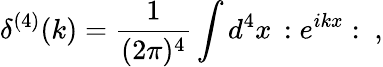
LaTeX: \delta^{(4)}(k)=\frac{1}{(2\pi)^{4}}\int d^{4}x\, :e^{ikx}:~,